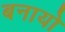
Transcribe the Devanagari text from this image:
बनायो